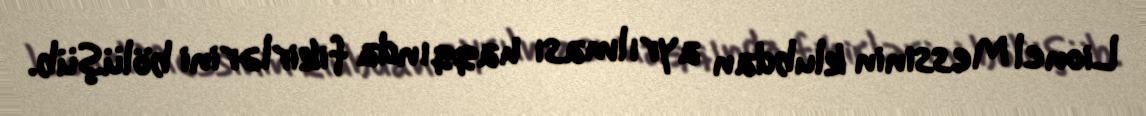
Lionel Messinin klubdan ayrılması haqqında fikirlərini bölüşüb.